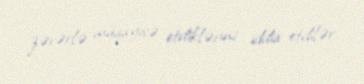
zərərlə müqayisə etdiklərini iddia etdilər.